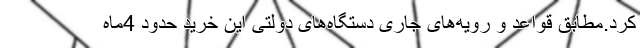
کرد.مطابق قواعد و رویه‌های جاری دستگاه‌های دولتی این خرید حدود 4ماه